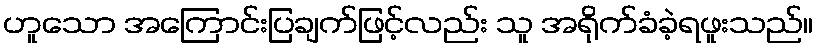
ဟူသော အကြောင်းပြချက်ဖြင့်လည်း သူ အရိုက်ခံခဲ့ရဖူးသည်။